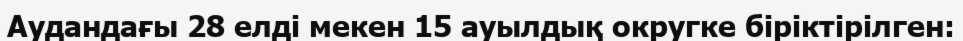
Аудандағы 28 елді мекен 15 ауылдық округке біріктірілген: